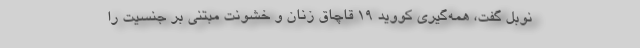
نوبل گفت، همه‌گیری کووید ۱۹ قاچاق زنان و خشونت مبتنی بر جنسیت را